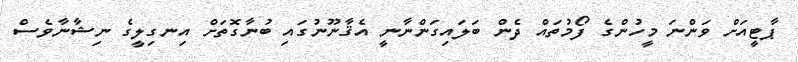
ޕާޓީއަށް ވަންނަ މީހުންގެ ފޯމުތައް ދެން ބަލައިގަންނާނީ އެޤާނޫނުގައި ބުނާގޮތަށް އިނގިލީގެ ނިޝާނާވެސް